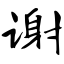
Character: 谢